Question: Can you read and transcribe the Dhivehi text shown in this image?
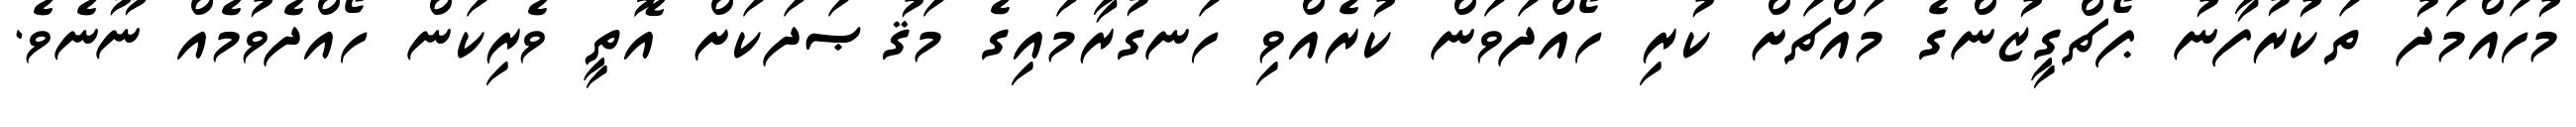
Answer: މުހައްމަދު ތަކުރުފާނު ޕޯޗްގީޒުންގެ މައްޗަށް ކުރި ހޯއްދަވަން ކުރެއްވި ހަނގުރާމައިގެ މަޤުޞަދަކަށް އޮތީ ވެރިކަން ހޯއްދެވުމެއް ނޫނެވެ.